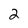
Character: 2